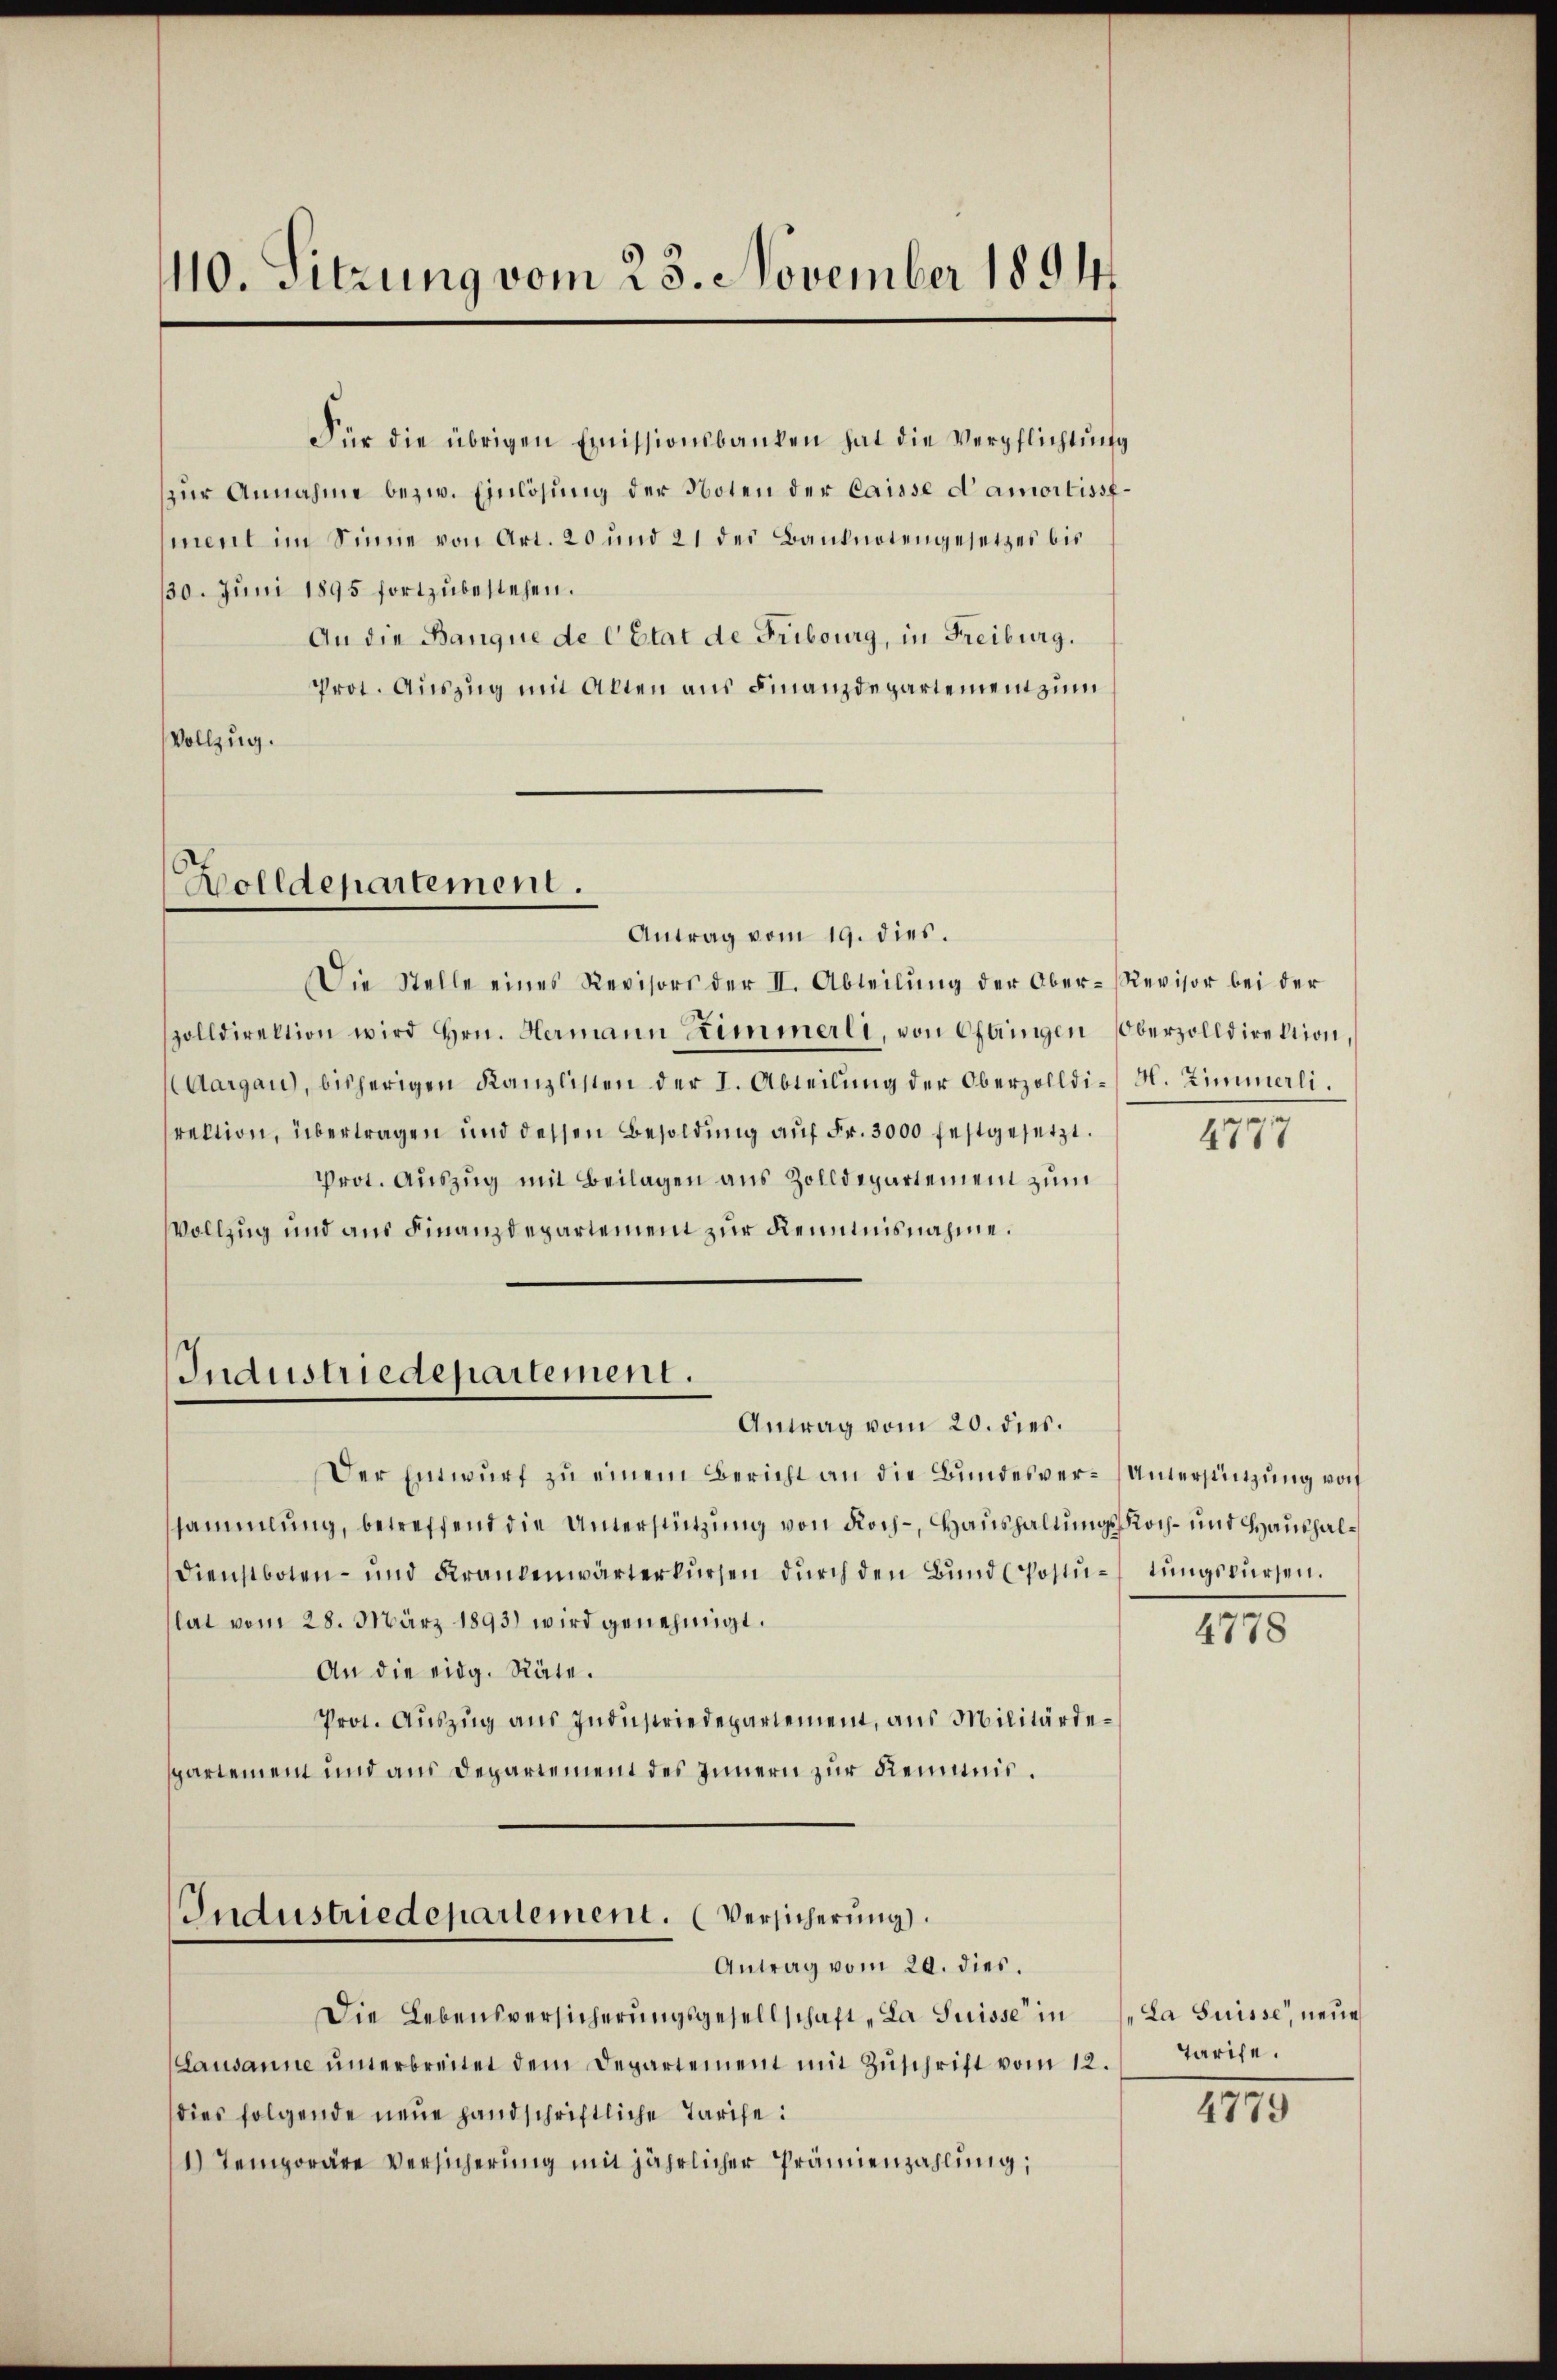
110. Sitzung vom 25. November 1894

Für die übrigen Emissionsbanken hat die Verpflichtŭng
zŭr Annahme bezw. Einlösung der Noten der Caisse d’amortissfment im Sinne von Art. 20 und 21 des Banknotengesetzes bis
130. Juni 1895 fortzubestehen.
An die Banque de l’Etat de Fribourg, in Freiburg.
Prot. Auszug mit Alten aus Finanzdepartement zum
Vollzug.

Wolldepartement.

Antrag vom 19. dies.
Die Stelle eines Revisors der II. Abteilŭng der Ober-Revisor bei der
zolldirektion wird Hrn. Hermann Zimmerli, von Obrigen Oberzolldirektion,
Aargau, bisherigen Kanzlisten der I. Abteilŭng der Oberzolldi-M. Zimmerli.
rektion, übertragen und dessen Besoldung auf Fr. 3000 festgesetzt.
Prot. Auszug mit Beilagen aus Zolldepartement zum
Vollzug und aus Finanzdepartement zur Kenntnisnahme.

Industriedepartement.
Antrag vom 20. dies.

Industriedepartement. (Versicherung.
Antrag vom 20. dies.

Der Entwurf zu einem Bericht an die Bundesver-Unterstützung von
sammlung, betreffend die Unterstützung von Noch - Haushaltungsloch- und Haushal¬
Dienstboten- und Krankenwärterkursen durch den Bund (Postu-tungswürfen.
lat vom 28. März 1893 wird genehmigt.
An die eidg. Räte.
Prot. Auszug aus Industriedepartement, aus Militärdespartement und aus Departement des Innern zur Remis¬

Die Lebensversicherungsgesellschaft „La Suisse in
Lausanne ŭnterbreitet dem Departement mit Zŭschrift vom 12. Tarife.
dies folgende neue Handschriftliche Tarife:
1) Temporäre Versicherung mit jährlicher Prämienzahlung;

4777

4778

La Suisse, neue

IIII.